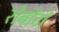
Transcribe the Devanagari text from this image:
रोबॉटो